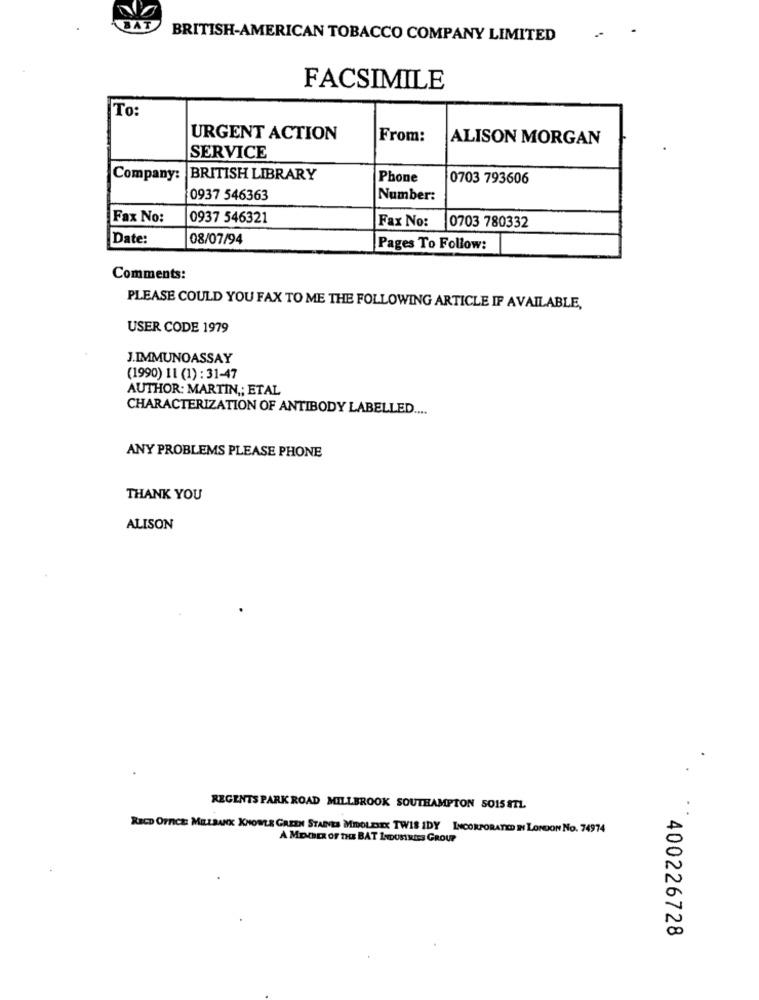
BRITISH-AMERICAN TOBACCO COMPANY LIMITED
FACSIMILE
To:
URGENT ACTION
From:
ALISON MORGAN
SERVICE
Company: BRITISH LIBRARY
Phone
0703 793606
0937 546363
Number:
Fax No:
0937 546321
Fax No:
0703 780332
Date:
08/07/94
Pages To Follow:
Comments:
PLEASE COULD YOU FAX TO ME THE FOLLOWING ARTICLE IF AVAILABLE,
USER CODE 1979
J.IMMUNOASSAY
(1990) 11 (1) : 31-47
AUTHOR: MARTIN ,; ETAL
CHARACTERIZATION OF ANTIBODY LABELLED ....
ANY PROBLEMS PLEASE PHONE
THANK YOU
ALISON
REGENTS PARK ROAD MILLBROOK SOUTHAMPTON 5015 STL
RECD OFFICE: MELBANK KNOWLE GREEN STAINES MIOLESEX TWIS IDY INCORPORATED IN LONDON No. 74974
A MEMBER OF THE BAT INDUSTRIES GROUP
400226728